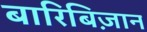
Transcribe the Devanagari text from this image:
बारिबिज़ान